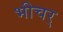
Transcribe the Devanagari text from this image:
भीचर्